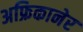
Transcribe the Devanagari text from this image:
अफ्रिकानेर